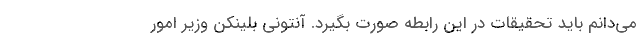
می‌دانم باید تحقیقات در این رابطه صورت بگیرد. آنتونی بلینکن وزیر امور